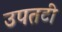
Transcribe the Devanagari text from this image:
उपतटी